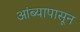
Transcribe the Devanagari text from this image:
आंब्यापासून